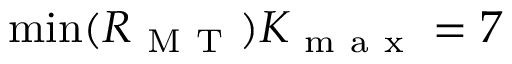
\operatorname* { m i n } ( R _ { \mathrm { ~ M ~ T ~ } } ) K _ { \mathrm { ~ m ~ a ~ x ~ } } = 7